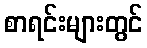
စာရင်းများတွင်